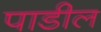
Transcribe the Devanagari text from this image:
पाडील